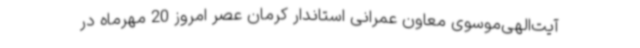
آیت‌الهی‌موسوی معاون عمرانی استاندار کرمان عصر امروز 20 مهرماه در